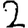
Digit: 2